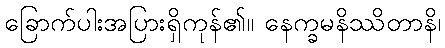
ခြောက်ပါးအပြားရှိကုန်၏။ နေက္ခမနိဿိတာနိ၊